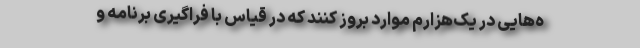
ه‌هایی ‌در یک‌هزارم موارد بروز کنند که در قیاس با فراگیری برنامه و